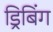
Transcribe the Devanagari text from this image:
ड्रिबिंग